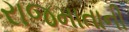
રાજમાતાની